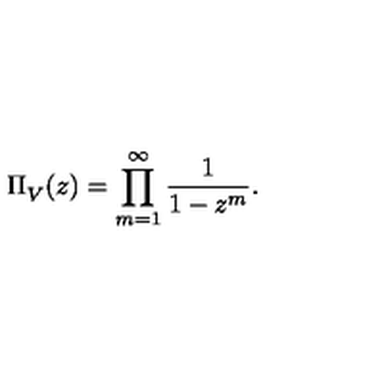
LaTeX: \Pi _ { V } ^ { } ( z ) = \prod _ { m = 1 } ^ { \infty } \frac { 1 } { 1 - z ^ { m } } .